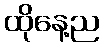
ထိုနေ့ည